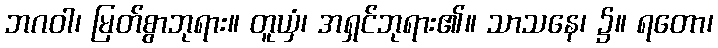
ဘဂဝါ၊ မြတ်စွာဘုရား။ တူယှံ၊ အရှင်ဘုရား၏။ သာသနေ၊ ၌။ ရတော၊